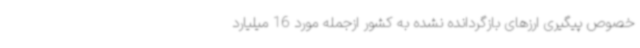
خصوص پیگیری ارزهای بازگردانده نشده به کشور ازجمله مورد 16 میلیارد